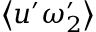
\left\langle u ^ { \prime } \omega _ { 2 } ^ { \prime } \right\rangle